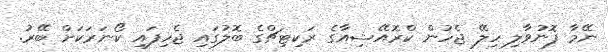
ނޭމާ ފޮނުވާލި ހިލޭ ޖެހުން ކްރޮއޭޝިއާގެ ރަކިޓިޗްގެ ބޮލުގައި ޖެހިފައި ކޯނަރަކަށް ބޭރު.